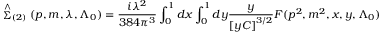
\stackrel { \wedge } { \Sigma } _ { ( 2 ) } ( p , m , \lambda , \Lambda _ { 0 } ) = \frac { i \lambda ^ { 2 } } { 3 8 4 \pi ^ { 3 } } \int _ { 0 } ^ { 1 } d x \int _ { 0 } ^ { 1 } d y \frac y { \left[ y C \right] ^ { 3 / 2 } } F ( p ^ { 2 } , m ^ { 2 } , x , y , \Lambda _ { 0 } )